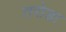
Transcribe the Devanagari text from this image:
तरोडा